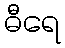
ဓီရေ